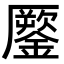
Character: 𨬐